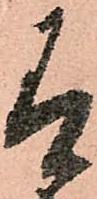
有